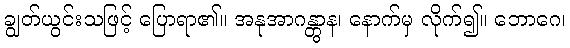
ချွတ်ယွင်းသဖြင့် ပြောရာ၏။ အနုအာဂန္တွာန၊ နောက်မှ လိုက်၍။ ဘောဂေ၊